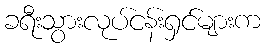
ခရီးသွားလုပ်ငန်းရှင်များက